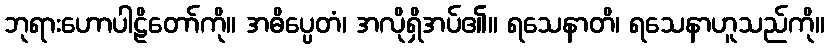
ဘုရားဟောပါဠိတော်ကို။ အဓိပ္ပေတံ၊ အလိုရှိအပ်၏။ ရသေနာတိ၊ ရသေနာဟူသည်ကို။